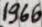
1966